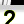
Digit: 2